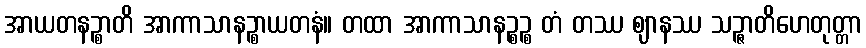
အာယတနဉ္စာတိ အာကာသာနဉ္စာယတနံ။ တထာ အာကာသာနဉ္စဉ္စ တံ တဿ ဈာနဿ သဉ္ဇာတိဟေတုတ္တာ